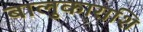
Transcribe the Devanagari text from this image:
बालुकाराशि